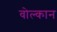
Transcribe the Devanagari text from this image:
वोल्कान